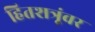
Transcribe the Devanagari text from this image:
हितशत्रूंवर